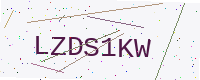
Text: LZDS1KW